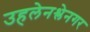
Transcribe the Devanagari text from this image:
उहलेनश्लेनगर